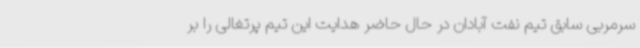
سرمربی سابق تیم نفت آبادان در حال حاضر هدایت این تیم پرتغالی را بر